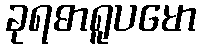
ခုရဓာရူပမော